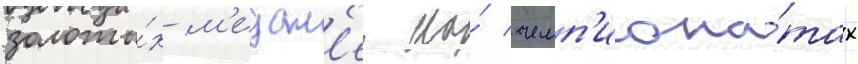
золоты́х м'едал'еи на́ чемп'иона́тах